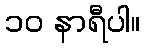
၁၀ နာရီပါ။